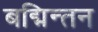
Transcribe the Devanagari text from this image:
बद्मिन्तन